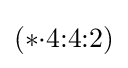
(*{\cdot }4{:}4{:}2)